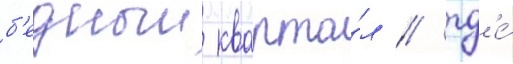
б'едныи кварта́л / гд'е́